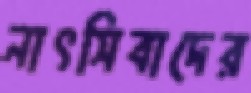
নাৎসিবাদের